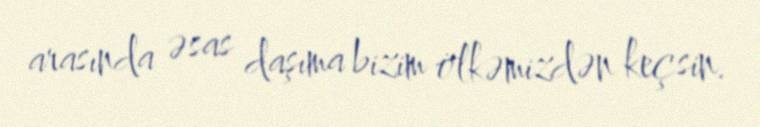
arasında əsas daşıma bizim ölkəmizdən keçsin.